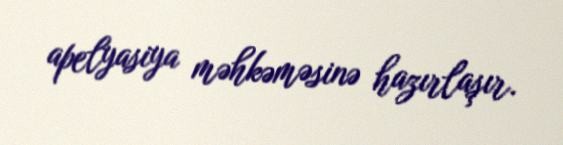
apelyasiya məhkəməsinə hazırlaşır.